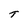
Character: T